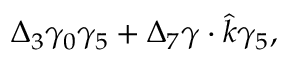
\Delta _ { 3 } \gamma _ { 0 } \gamma _ { 5 } + \Delta _ { 7 } \gamma \cdot \hat { k } \gamma _ { 5 } ,